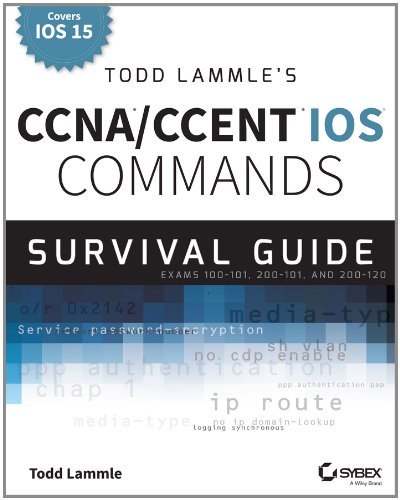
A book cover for Todd Lammle's CCNA/CCENT IOS Commands Survival Guide: Exams 100-101, 200-101, and 200-120; Todd Lammle; Computers & Technology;